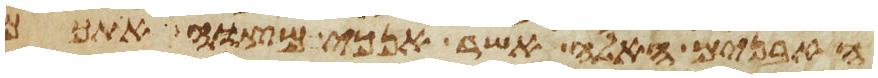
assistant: האבנים האלה אשר אנכי מצוה אתכם